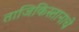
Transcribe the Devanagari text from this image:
ताजिकिस्तानाचे